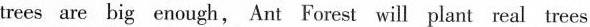
trees are big enough, Ant Forest will plant real trees